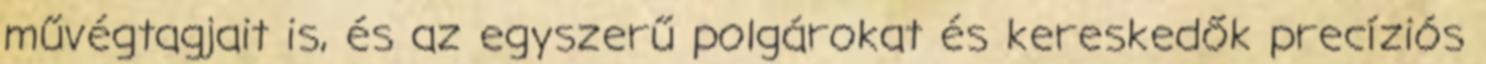
művégtagjait is, és az egyszerű polgárokat és kereskedők precíziós